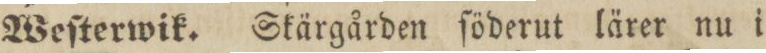
Weſterwik. Skärgården ſöderut lärer nu i